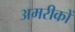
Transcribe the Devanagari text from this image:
अमरीकों